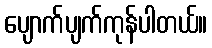
ပျောက်ပျက်ကုန်ပါတယ်။